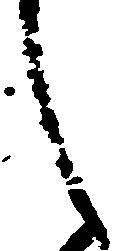
之